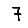
Digit: 7